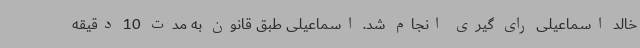
خالد اسماعیلی رای گیری انجام شد. اسماعیلی طبق قانون به مدت 10 دقیقه